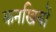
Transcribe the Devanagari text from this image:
कनखियों